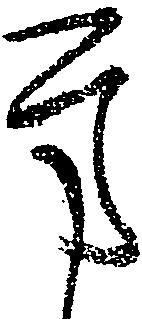
方